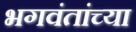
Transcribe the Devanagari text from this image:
भगवंतांच्या